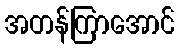
အတန်ကြာအောင်